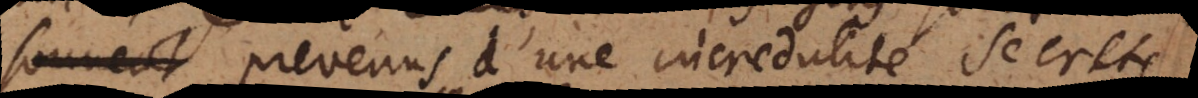
sont prevenus d’une incredulité secrete